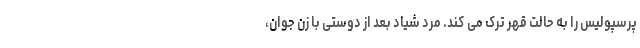
پرسپولیس را به حالت قهر ترک می کند. مرد شیاد بعد از دوستی با زن جوان،